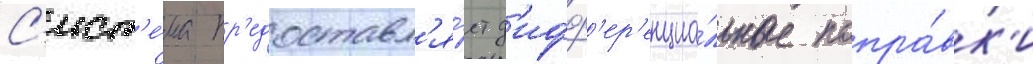
С'ист'е́ма пр'едоставл'я́ет д'ифф'ер'енциа́льные попра́вк'и